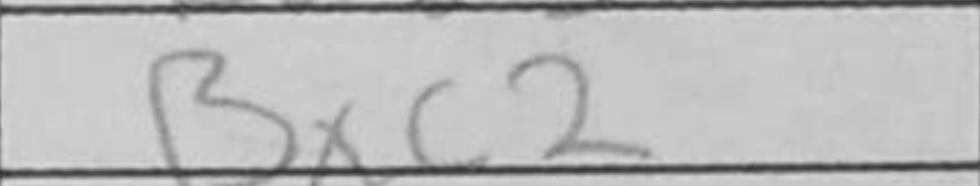
Transcription: Bxc2